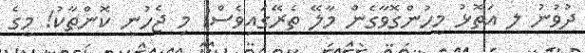
ދުވުނު ލ އަތޮޅު މީހުންގޮވާގެން މާލޭ ތެރޭގައިވެސް! މި ޖެހުނީ ކޮންތާކު! މީގެ